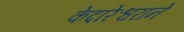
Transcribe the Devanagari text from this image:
केदारेश्वराने